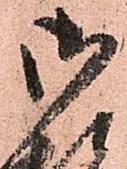
御